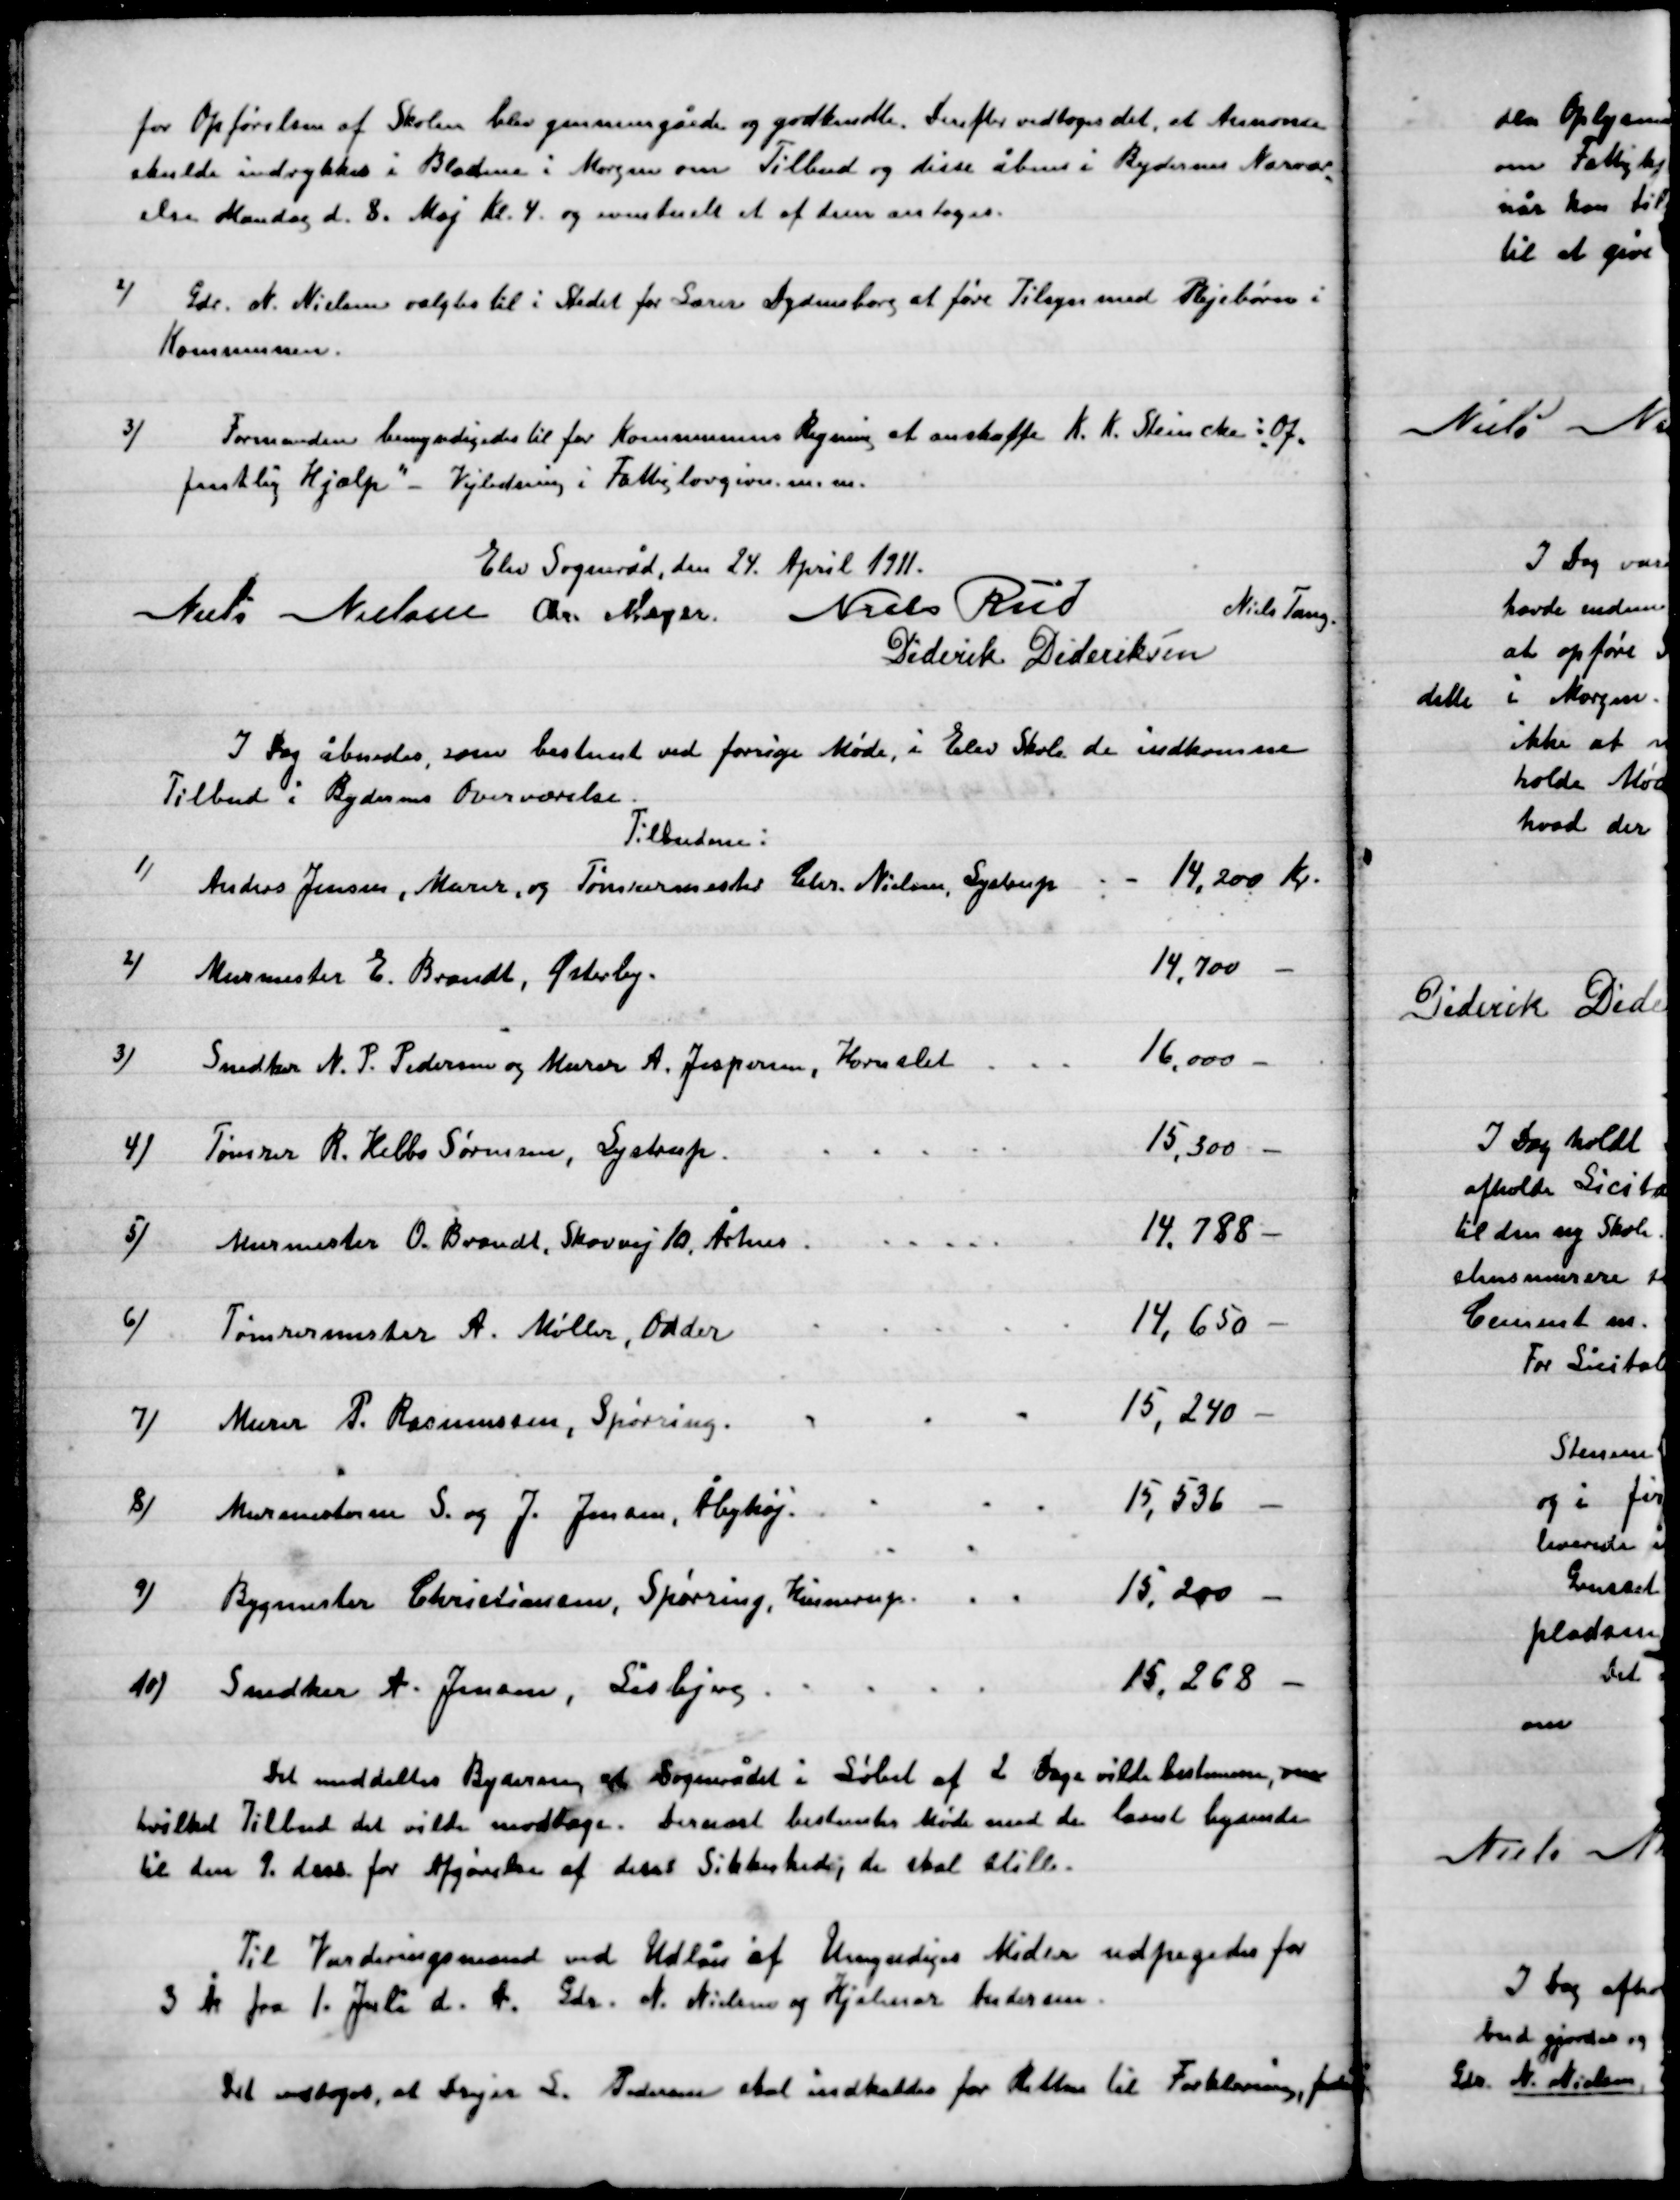
Transskription:
for Opførelsen af Skolen blev gennemgået og godkendtes. Derefter vedtoges det, at Annonce
skulle indrykkes i Bladene i Morgen om Tilbud og disse åbnes i Bydernes Nærvær-
else Mandag d. 8. maj Kl. 4 og eventuelt et af dem antages.

2)

Gdr. N. Nielsen valgtes til i Stedet for Lærer Dydensborg at føre Tilsyn med Plejebørn i
Kommunen.

3)

Formanden bemyndigelse til for Kommunens Regning at anskaffe K. K. Steiniche i Of-
fentlig Hjælp – Vejledning i Fattiglovgivningen m.m.

Elev Sogneråd, den 24.  April 1911.

Niels Nielsen
Chr. Meyer
Niels Rud
Niels Tang
Diderik Dideriksen

I Dag åbnedes, som bestemt ved forrige Møde i Elev Skole de indkomne
Tilbud i Bydernes Overværelse.

Det meddeltes Byderne at Sognerådet i løbet af 2 Dage vilde bestemme, om
hvilket Tilbud det vilde modtage. Dernæst bestemtes Møde med de lavest bydende
til den 9. dens for Afgørelse af disses Sikkerhed de skal stille.

Til Vurderingsmand ved Udlån af Umyndiges midler udpegedes for
3 År fra 1. Juli d. A. Gdr. N. Nielsen og Hjalmar Andersen.

Det vedtoges, at Drejer S. Andersen skal indkaldes for Retten til Forklaring, fordi